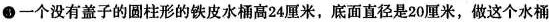
③一个没有盖子的圆柱形的铁皮水桶高24厘米，底面直径是20厘米，做这个水桶